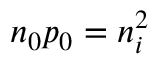
n _ { 0 } p _ { 0 } = n _ { i } ^ { 2 }